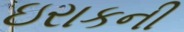
ઇરાકની